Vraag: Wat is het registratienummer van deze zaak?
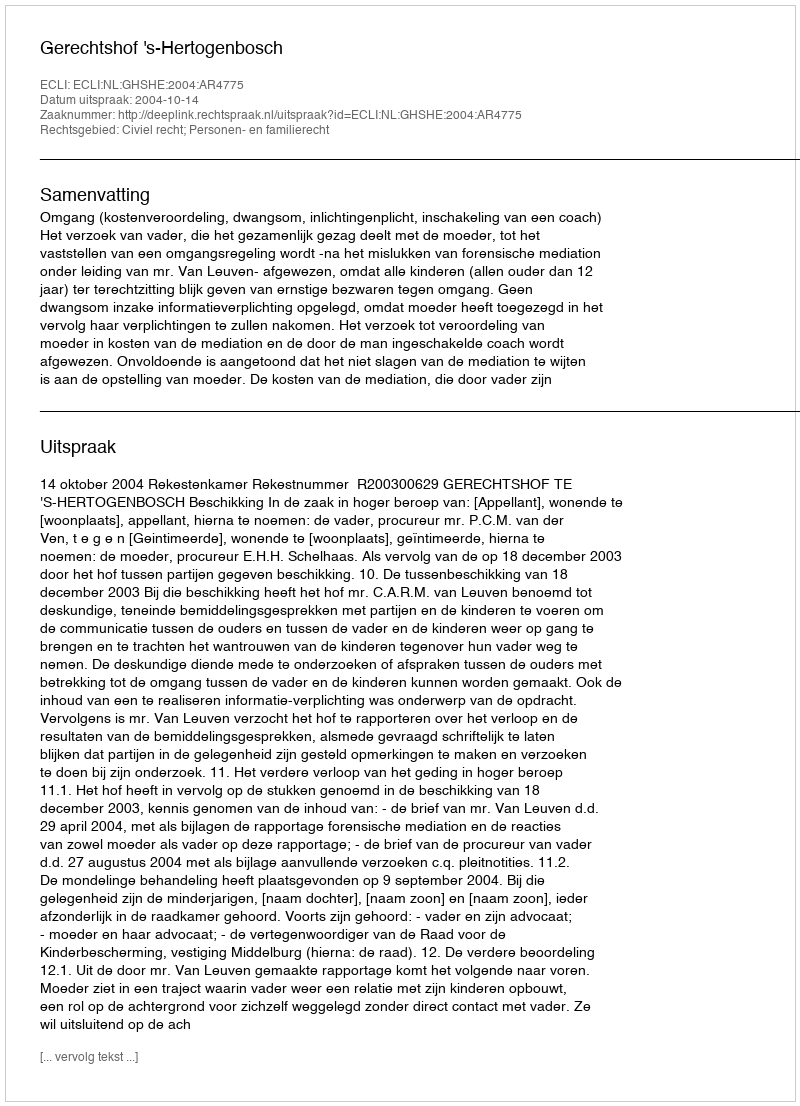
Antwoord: http://deeplink.rechtspraak.nl/uitspraak?id=ECLI:NL:GHSHE:2004:AR4775